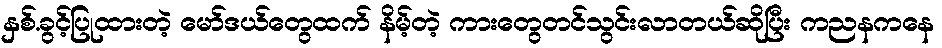
နှစ်.ခွင့်ပြုထားတဲ့ မော်ဒယ်တွေထက် နိမ့်တဲ့ ကားတွေတင်သွင်းလာတယ်ဆိုပြီး ကညနကနေ